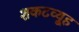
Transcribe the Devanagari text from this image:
शकटव्यूह